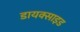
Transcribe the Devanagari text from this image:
डायक्साइड